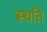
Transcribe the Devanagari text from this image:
स्‍थति